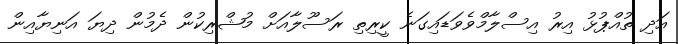
އަދި ތުއްޕުޅު އިރު އިސްލާމްވެވަޑައިގަނެ ކީރިތި ރަސޫލާއަށް މުޝްރިކުން ދެމުން ދިޔަ އަނިޔާއިން